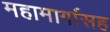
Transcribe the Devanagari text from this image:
महामार्गासह